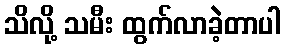
သိလို့ သမီး ထွက်လာခဲ့တာပါ